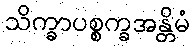
သိက္ခာပစ္စက္ခအန္တိမံ